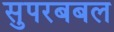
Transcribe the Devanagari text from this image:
सुपरबबल